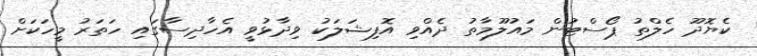
ކެޔޮދޫ ހެލްތު ޕޯސްޓުން މައުލޫމާތު ދެއްވި އޮފިޝަލަކު ވިދާޅުވީ އެހާދިސާގައި ހަތަރު މީހަކަށް